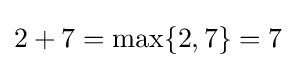
2+7=\max\{2,7\}=7